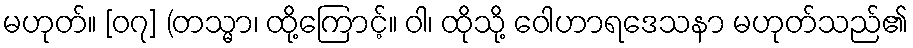
မဟုတ်။ [၀၇] (တသ္မာ၊ ထို့ကြောင့်။ ဝါ၊ ထိုသို့ ဝေါဟာရဒေသနာ မဟုတ်သည်၏